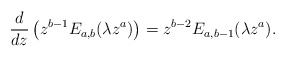
\begin{align*}\frac{d}{dz}\left(z^{b-1}E_{a,b}(\lambda z^a)\right)=z^{b-2}E_{a,b-1}(\lambda z^a).\end{align*}